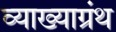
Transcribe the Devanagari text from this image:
व्याख्याग्रंथ